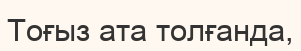
Тоғыз ата толғанда,